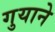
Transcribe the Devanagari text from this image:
गुयाने